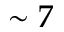
\sim 7